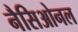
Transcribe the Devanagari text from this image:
नैसिओनल